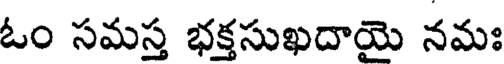
ఓం సమస్త భక్తసుఖదాయె నమః